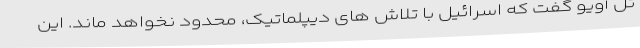
تل آویو گفت که اسرائیل با تلاش های دیپلماتیک، محدود نخواهد ماند. این